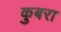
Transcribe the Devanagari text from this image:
कुबरा